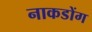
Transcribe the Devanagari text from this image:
नाकडोंग